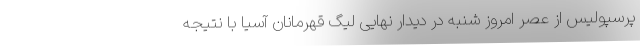
پرسپولیس از عصر امروز شنبه در دیدار نهایی لیگ قهرمانان آسیا با نتیجه